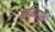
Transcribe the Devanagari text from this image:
हानिबाल